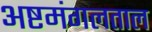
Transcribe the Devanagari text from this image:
अष्टमंगलताल